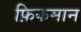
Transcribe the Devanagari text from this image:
फ़िकमान